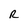
Character: R